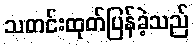
သတင်းထုတ်ပြန်ခဲ့သည်